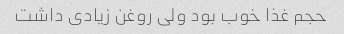
حجم غذا خوب بود ولی روغن زیادی داشت